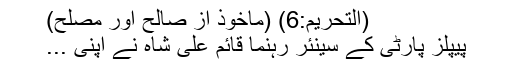
(التحریم:6) (ماخوذ از صالح اور مصلح)
پیپلز پارٹی کے سینئر رہنما قائم علی شاہ نے اپنی ...